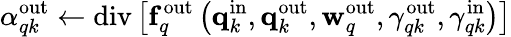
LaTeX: \alpha_{qk}^{\mathrm{out}}\gets\mathrm{div}\left[\mathbf{f}_{q}^{\mathrm{out}}\left(\mathbf{q}_{k}^{\mathrm{in}},\mathbf{q}_{k}^{\mathrm{out}},\mathbf{w}_{q}^{\mathrm{out}},\gamma_{qk}^{\mathrm{out}},\gamma_{qk}^{\mathrm{in}}\right)\right]